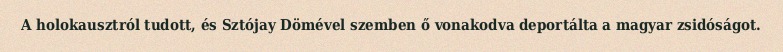
A holokausztról tudott, és Sztójay Dömével szemben ő vonakodva deportálta a magyar zsidóságot.